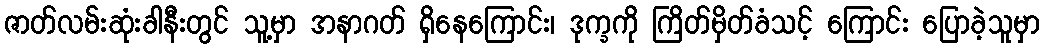
ဇာတ်လမ်းဆုံးခါနီးတွင် သူ့မှာ အနာဂတ် ရှိနေကြောင်း၊ ဒုက္ခကို ကြိတ်မှိတ်ခံသင့် ကြောင်း ပြောခဲ့သူမှာ